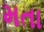
મતા